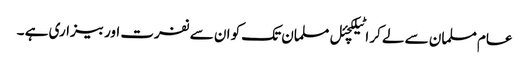
عام مسلمان سے لے کر اٹیلکچئل مسلمان تک کو ان سے نفرت اور بیزاری ہے ۔